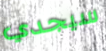
سيجدي